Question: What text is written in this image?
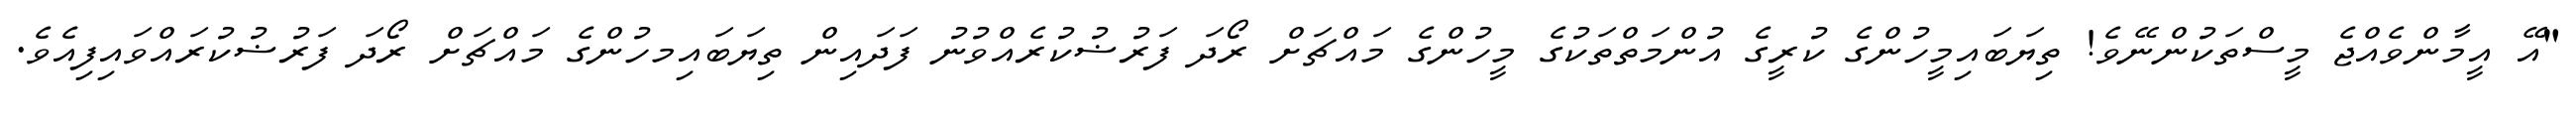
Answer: "އޭ އީމާންވެއްޖެ މީސްތަކުންނޭވެ! ތިޔަބައިމީހުންގެ ކުރީގެ އުންމަތްތަކުގެ މީހުންގެ މައްޗަށް ރޯދަ ފަރުޟުކުރެއްވުނު ފަދައިން ތިޔަބައިމހުންގެ މައްޗަށް ރޯދަ ފަރުޟުކުރައްވައިފިއެވެ.